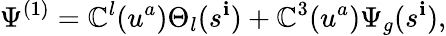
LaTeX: \Psi^{(1)}=\mathbb{C}^{l}(u^{a})\Theta_{l}(s^{\mathbf{i}})+\mathbb{C}^{3}(u^{a})\Psi_{g}(s^{\mathbf{i}}),